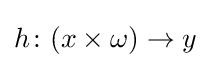
h\colon (x\times \omega )\to y